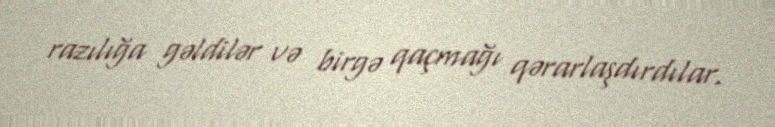
razılığa gəldilər və birgə qaçmağı qərarlaşdırdılar.